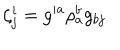
\zeta _ { j } ^ { i } = g ^ { i a } \rho _ { a } ^ { b } g _ { b j }